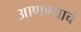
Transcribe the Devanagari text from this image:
आणण्याचं